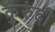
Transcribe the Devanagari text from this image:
कुरुंदी